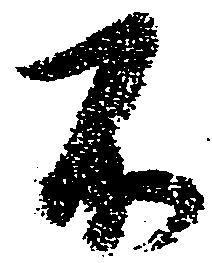
不